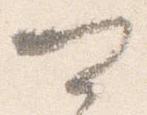
可